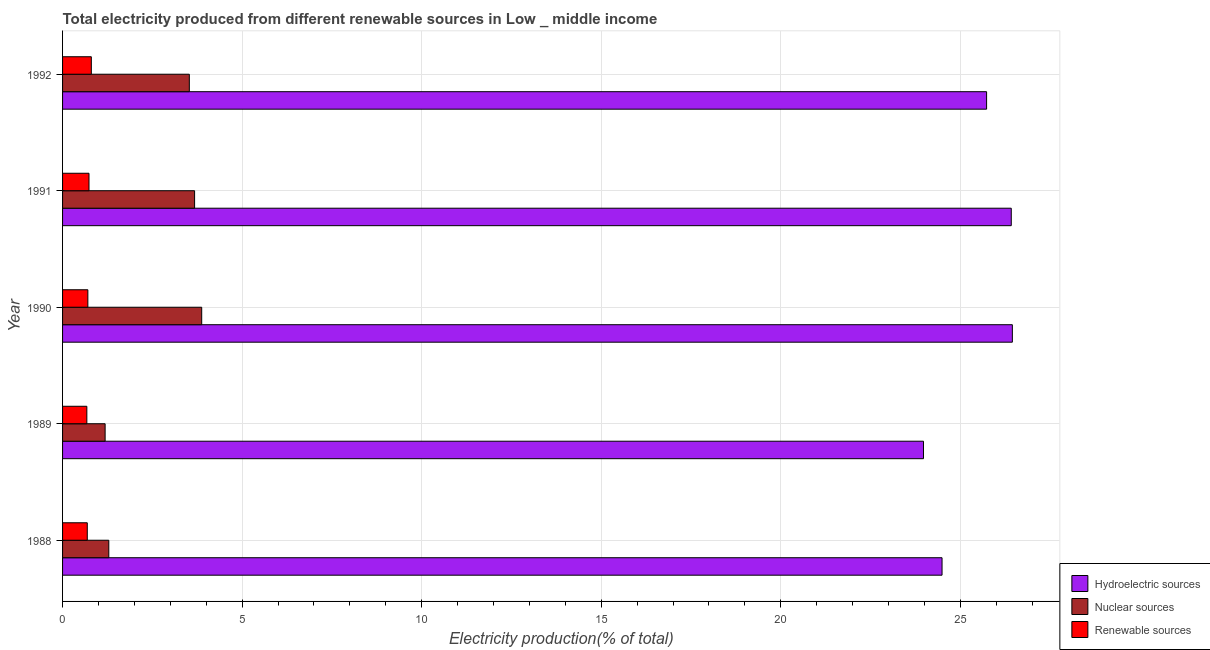
| Year | Hydroelectric sources | Nuclear sources | Renewable sources |
 | --- | --- | --- | --- |
 | 1988 | 24.5 | 1.29 | 0.688 |
 | 1989 | 24 | 1.19 | 0.676 |
 | 1990 | 26.5 | 3.87 | 0.704 |
 | 1991 | 26.4 | 3.68 | 0.736 |
 | 1992 | 25.7 | 3.53 | 0.801 |